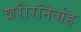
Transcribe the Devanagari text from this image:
शरीरनिर्वाह